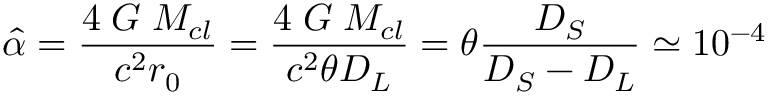
\hat { \alpha } = \frac { 4 \; G \; M _ { c l } } { c ^ { 2 } r _ { 0 } } = \frac { 4 \; G \; M _ { c l } } { c ^ { 2 } \theta D _ { L } } = \theta \frac { D _ { S } } { D _ { S } - D _ { L } } \simeq 1 0 ^ { - 4 }